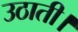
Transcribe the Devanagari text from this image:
उठाती।